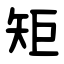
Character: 矩